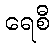
ရေစီ